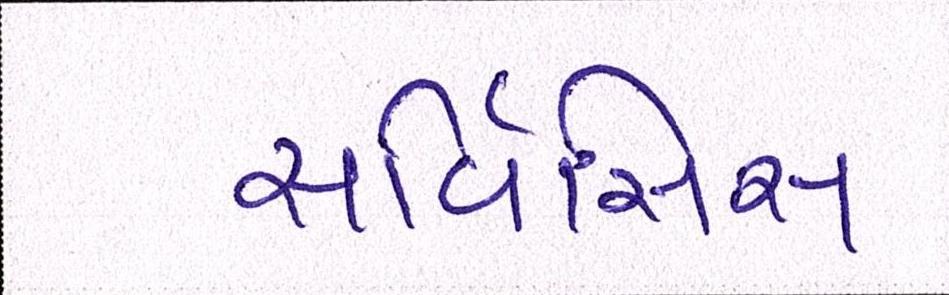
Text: સર્વિસિસ